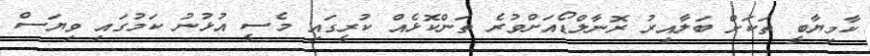
ކާމިޔާބީ ތަކަށް ބަލާއިރު ރޮނާލްޑޯއަށްވުރެ ތަންކޮޅެއް ކުރީގައި މެސީ އުޅުނު ކަމުގައި ވިޔަސް